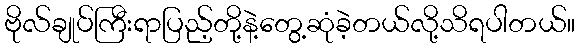
ဗိုလ်ချုပ်ကြီးရာပြည့်တို့နဲ့တွေ့ဆုံခဲ့တယ်လို့သိရပါတယ်။